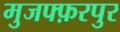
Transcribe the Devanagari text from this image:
मुजफ्फ़रपुर